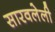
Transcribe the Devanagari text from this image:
सारवलेली